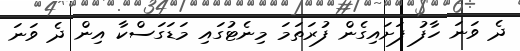
ދެ ވަނަ ހާފު ފަށައިގެން ފުރަތަމަ މިނެޓުގައި މަޑަގަސްކާ އިން ދެ ވަނަ